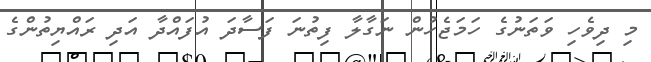
މި ދިވެހި ވަތަނުގެ ހަމަޖެހުން ނަގާލާ ފިތުނަ ފަސާދަ އުފައްދާ އަދި ރައްޔިތުންގެ